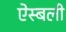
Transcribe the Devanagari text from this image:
ऐस्बली